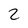
Character: 2